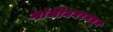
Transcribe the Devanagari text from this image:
गांधीनगरमधून